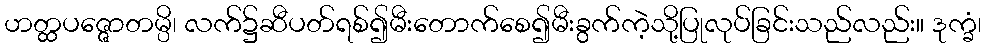
ဟတ္ထပဇ္ဇောတမ္ပိ၊ လက်၌ဆီပတ်ရစ်၍မီးတောက်စေ၍မီးခွက်ကဲ့သို့ပြုလုပ်ခြင်းသည်လည်း။ ဒုက္ခံ၊